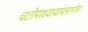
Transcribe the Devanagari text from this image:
चटोपाध्यायांप्रमाणेच